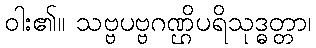
ဝါး၏။ သဗ္ဗပဗ္ဗဂဏ္ဌိပရိသုဒ္ဓတ္တာ၊